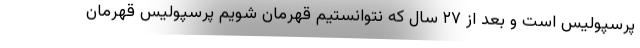
پرسپولیس است و بعد از ۲۷ سال که نتوانستیم قهرمان شویم پرسپولیس قهرمان